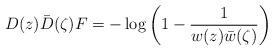
LaTeX: \begin{align*} D(z)\bar D(\zeta)F = -\log\left(1 - \frac1{w(z)\bar w(\zeta)}\right)\end{align*}